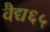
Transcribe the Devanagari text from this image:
वैद्य६५